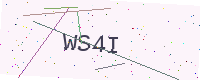
Text: WS4I